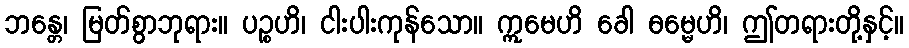
ဘန္တေ၊ မြတ်စွာဘုရား။ ပဉ္စဟိ၊ ငါးပါးကုန်သော။ ဣမေဟိ ခေါ ဓမ္မေဟိ၊ ဤတရားတို့နှင့်။